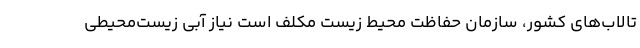
تالاب‌های کشور، سازمان حفاظت محیط زیست مکلف است نیاز آبی زیست‌محیطی